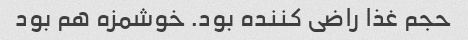
حجم غذا راضی کننده بود. خوشمزه هم بود